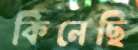
কিনেছি